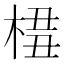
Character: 𣔖